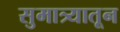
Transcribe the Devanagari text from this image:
सुमात्र्यातून